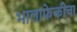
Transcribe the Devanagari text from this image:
भालाफेकीचा